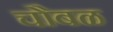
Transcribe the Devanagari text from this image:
चौबळ